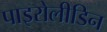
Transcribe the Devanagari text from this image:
पाइरोलीडिन